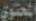
المحتوي